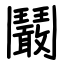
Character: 鬫